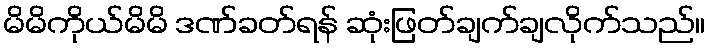
မိမိကိုယ်မိမိ ဒဏ်ခတ်ရန် ဆုံးဖြတ်ချက်ချလိုက်သည်။